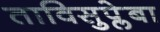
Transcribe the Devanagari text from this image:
ताविसुप्लेबा